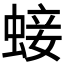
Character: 𧌃